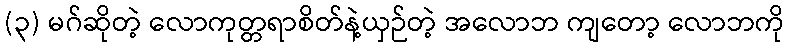
(၃) မဂ်ဆိုတဲ့ လောကုတ္တရာစိတ်နဲ့ယှဉ်တဲ့ အလောဘ ကျတော့ လောဘကို